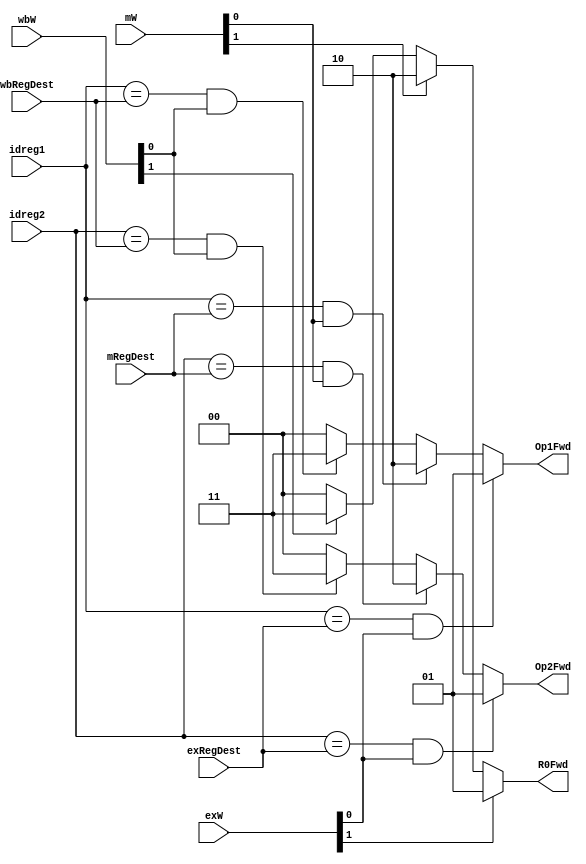
/*
 * Name: forwardingUnit
 */

module forwardingUnit(
    input [1:0] exW, mW, wbW, 
    input [3:0] exRegDest, mRegDest, wbRegDest, idreg1, idreg2, 
    output reg [1:0] Op1Fwd, Op2Fwd, R0Fwd
);

	always @(*)
	begin
        if(idreg1 == exRegDest && exW[0] == 1'b1)
            Op1Fwd = 2'b01;
        else if(idreg1 == mRegDest && mW[0] == 1'b1)
            Op1Fwd = 2'b10;
        else if(idreg1 == wbRegDest && wbW[0] == 1'b1)
            Op1Fwd = 2'b11;
        else
            Op1Fwd = 2'b00;

        if(idreg2 == exRegDest && exW[0] == 1'b1)
            Op2Fwd = 2'b01;
        else if(idreg2 == mRegDest && mW[0] == 1'b1)
            Op2Fwd = 2'b10;
        else if(idreg2 == wbRegDest && wbW[0] == 1'b1)
            Op2Fwd = 2'b11;
        else
            Op2Fwd = 2'b00;

        if(exW[1] == 1'b1)
            R0Fwd = 2'b01;
        else if(mW[1] == 1'b1)
            R0Fwd = 2'b10;
        else if(wbW[1] == 1'b1)
            R0Fwd = 2'b11;
        else 
            R0Fwd = 2'b00;    

    end
endmodule